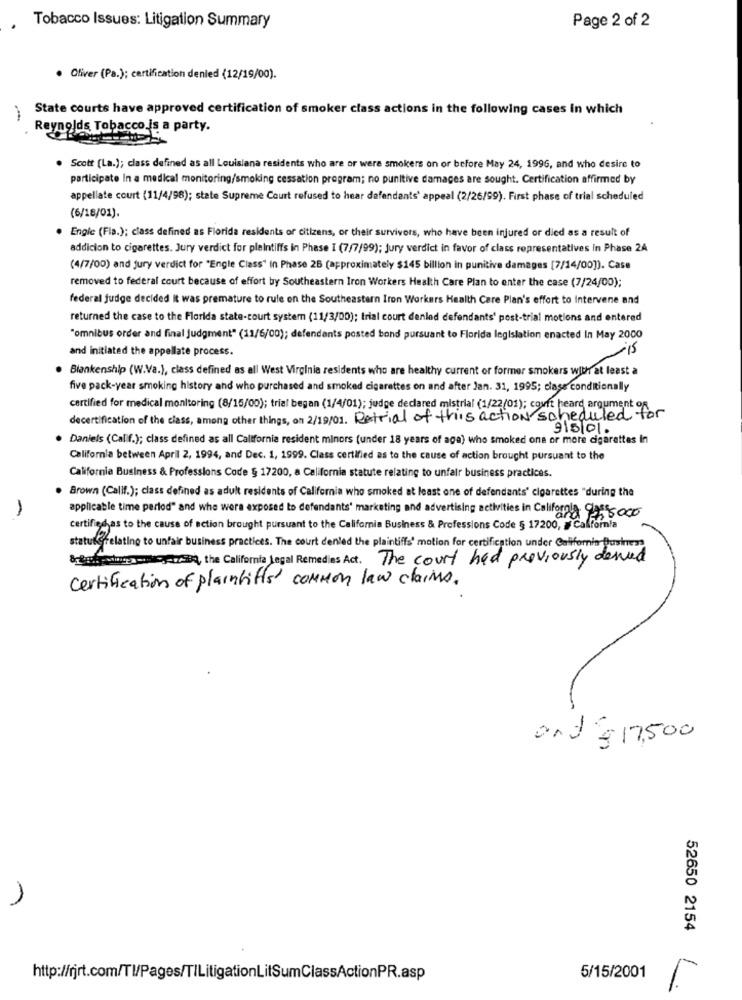
Page 2 of 2
Tobacco Issues: Litigation Summary
Oliver (Pa.); certification denied (12/19/00).
State courts have approved certification of smoker class actions in the following cases in which
.***
Reynolds Tobacco is a party.
Scott (La.); class defined as all Louisiana residents who are or were smokers on or before May 24, 1996, and who desire to
participate In a medical monitoring/smoking cessation program; no punitive damages are sought. Certification affirmed by
appellate court (11/4/98); state Supreme Court refused to hear defendants' appeal (2/26/99). First phase of trial scheduled
(6/16/01).
Engie (Fia.); class defined as Florida residents of citizens, or their survivors, who have been injured or died as a result of
addicion to cigarettes. Jury verdict for plaintiffs in Phase I (7/7/99); jury verdict in favor of class representatives in Phase 24
(4/7/00) and jury verdict for "Engle Class" in Phase 26 (approximately $145 billion in punitive damages [7/14/00]). Case
removed to federal court because of effort by Southeastern Iron Workers Health Care Plan to enter the case (7/24/00);
federal judge decided It was premature to rule on the Southeastern Iron Workers Health Care Plan's effort to Intervene and
returned the case to the Florida state-court system (11/3/00); trial court denled defendants' post-trial motions and entered
"omnibus order and final judgment" (11/6/00); defendants posted bond pursuant to Florida legislation enacted In May 2000
and initiated the appellate process.
Blankenship (W.Va.), class defined as all West Virginia residents who are healthy current or former smokers with at least a
five pack-year smoking history and who purchased and smoked cigarettes on and after Jan. 31, 1995; class conditionally
certified for medical monitoring (8/15/00); trial began (1/4/01); judge declared mistrial (1/22/01); covft heard argument on
decertification of the class, among other things, on 2/19/01. Retrial of this action scheduled for
915/01.
Daniels (Calif.); class defined as all California resident minors (under 18 years of age) who smoked one or more cigarettes In
California between April 2, 1994, and Dec. 1, 1999. Class certified as to the cause of action brought pursuant to the
California Business & Professions Code § 17200, a California statute relating to unfair business practices.
Brown (Calif.); class defined as adult residents of California who smoked at least one of defendants' cigarettes "during the
applicable time period" and who were exposed to defendants' marketing and advertising activities in California. 95000
-
certified as to the cause of action brought pursuant to the California Business & Professions Code § 17200, # California
statuterelating to unfair business practices. The court denled the plaintiffs' motion for certification under California Business
& Brokenduas Noget/30, the California Legal Remedies Act. The court had previously deved
certification of plaintiffs' common law claims.
and € 17,500
52650 2154
http://rjrt.com/Tl/Pages/TILitigationLitSumClassActionPR.asp
5/15/2001